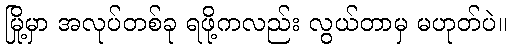
မြို့မှာ အလုပ်တစ်ခု ရဖို့ကလည်း လွယ်တာမှ မဟုတ်ပဲ။